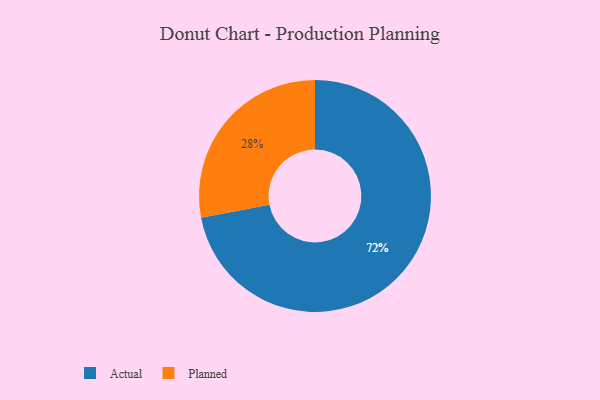
{"axis": {"x": "Category", "y": "Percentage"}, "legend": ["Actual", "Planned"], "data": [{"x": "Actual", "y": 72, "type": "Actual"}, {"x": "Planned", "y": 28, "type": "Planned"}]}